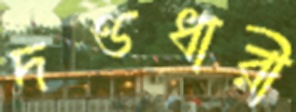
দণ্ডধারী